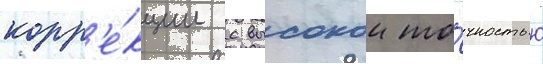
корр'е́кции с высокои то́чностью